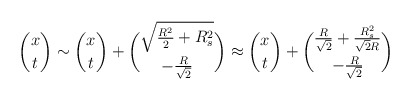
\begin{align*}{x \choose t} \sim {x \choose t} +{ \sqrt{ {R^2\over 2} +R_s^2} \choose - {R\over \sqrt{2}} } \approx {x \choose t} +{ {R\over \sqrt{2}} + {R_s^2 \over \sqrt{2} R} \choose - {R \over\sqrt{2}}}\end{align*}